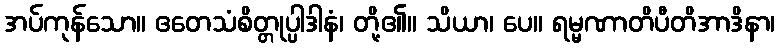
အပ်ကုန်သော။ ဧတေသံစိတ္တုပ္ပါဒါနံ၊ တို့၏။ သိယာ၊ ပေ။ ရမ္မဏာတိပီတိအာဒိနာ၊